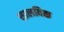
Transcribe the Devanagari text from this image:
सालविक